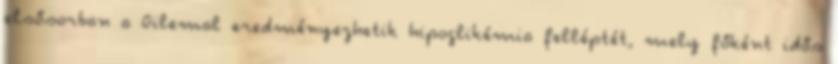
elsősorban a Gilemal eredményezhetik hipoglikémia felléptét, mely főként idős